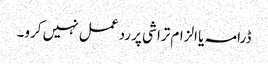
ڈرامہ یا الزام تراشی پر رد عمل نہیں کرو۔